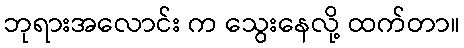
ဘုရားအလောင်း က သွေးနေလို့ ထက်တာ။